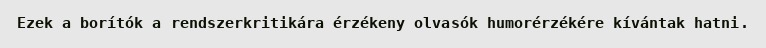
Ezek a borítók a rendszerkritikára érzékeny olvasók humorérzékére kívántak hatni.